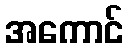
အကောင်